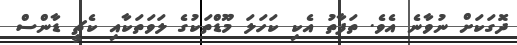
ދޮގަކަށް ނުވާނެ އެވެ. ތަފާތު އެކި ކަހަލަ މޫޑްތަކުގެ ލަވަތަކާއި ކެޗީ ޑާންސް